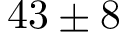
4 3 \pm 8